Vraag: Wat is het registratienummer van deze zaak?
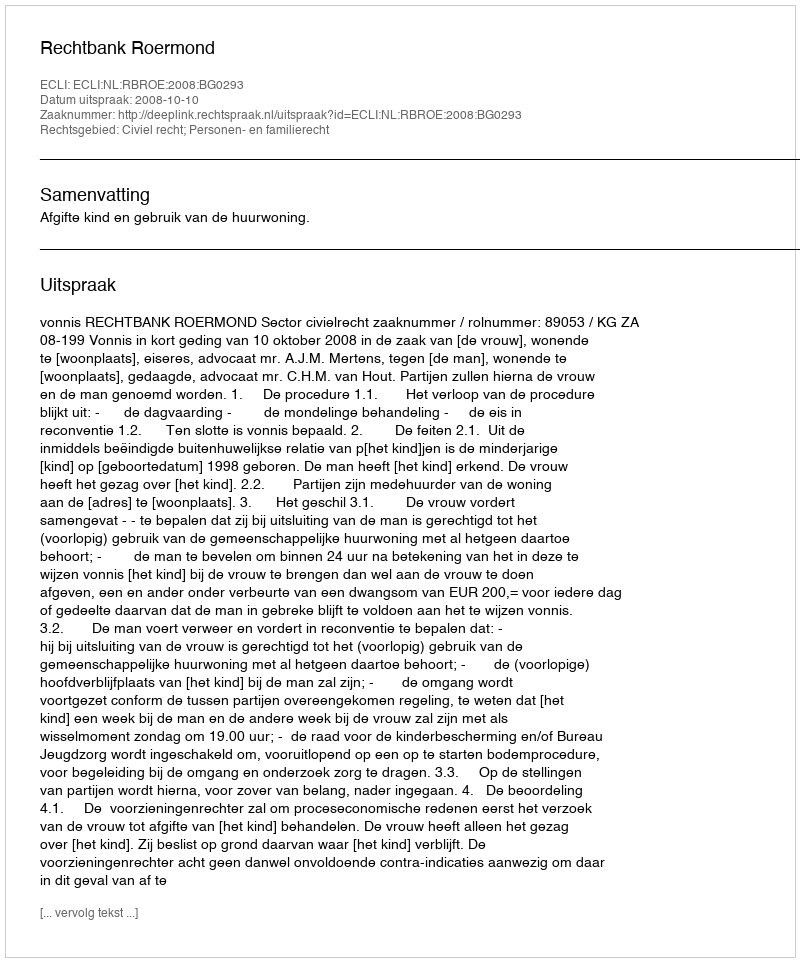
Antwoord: http://deeplink.rechtspraak.nl/uitspraak?id=ECLI:NL:RBROE:2008:BG0293